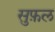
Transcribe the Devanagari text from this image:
सुफ़ल